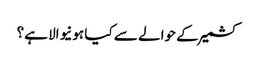
کشمیر کے حوالے سے کیا ہونیوالا ہے؟